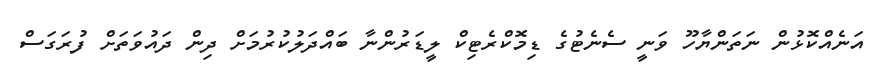
އަނެއްކޮޅުން ނަތަންޔާހޫ ވަނީ ސެނެޓުގެ ޑިމޮކްރެޓިކް ލީޑަރުންނާ ބައްދަލުކުރުމަށް ދިން ދައުވަތަށް ފުރަގަސް